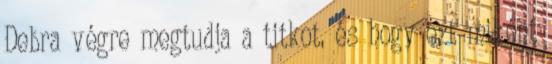
Debra végre megtudja a titkot, és hogy ezt miként